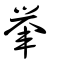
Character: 轝